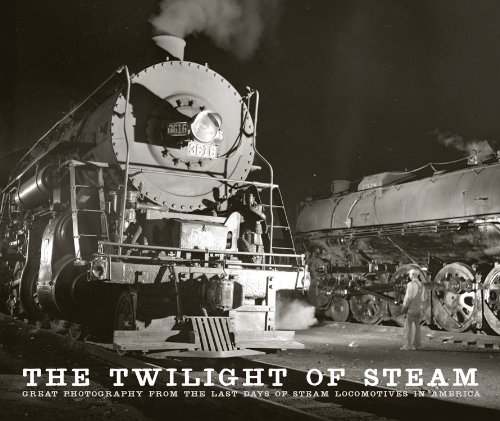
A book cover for The Twilight of Steam: Great Photography from the Last Days of Steam Locomotives in America; Brian Solomon; Arts & Photography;